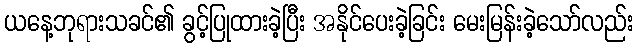
ယနေ့ဘုရားသခင်၏ ခွင့်ပြုထားခဲ့ပြီး အနိုင်ပေးခဲ့ခြင်း မေးမြန်းခဲ့သော်လည်း